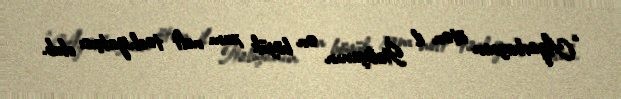
“Azərbaycan ötən il İtaliyanın ən böyük xam neft təchizatçısı olub.